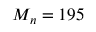
M _ { n } = 1 9 5